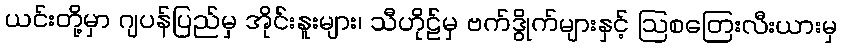
ယင်းတို့မှာ ဂျပန်ပြည်မှ အိုင်းနူးများ၊ သီဟိုဠ်မှ ဗက်ဒွိုက်များနှင့် ဩစတြေးလီးယားမှ